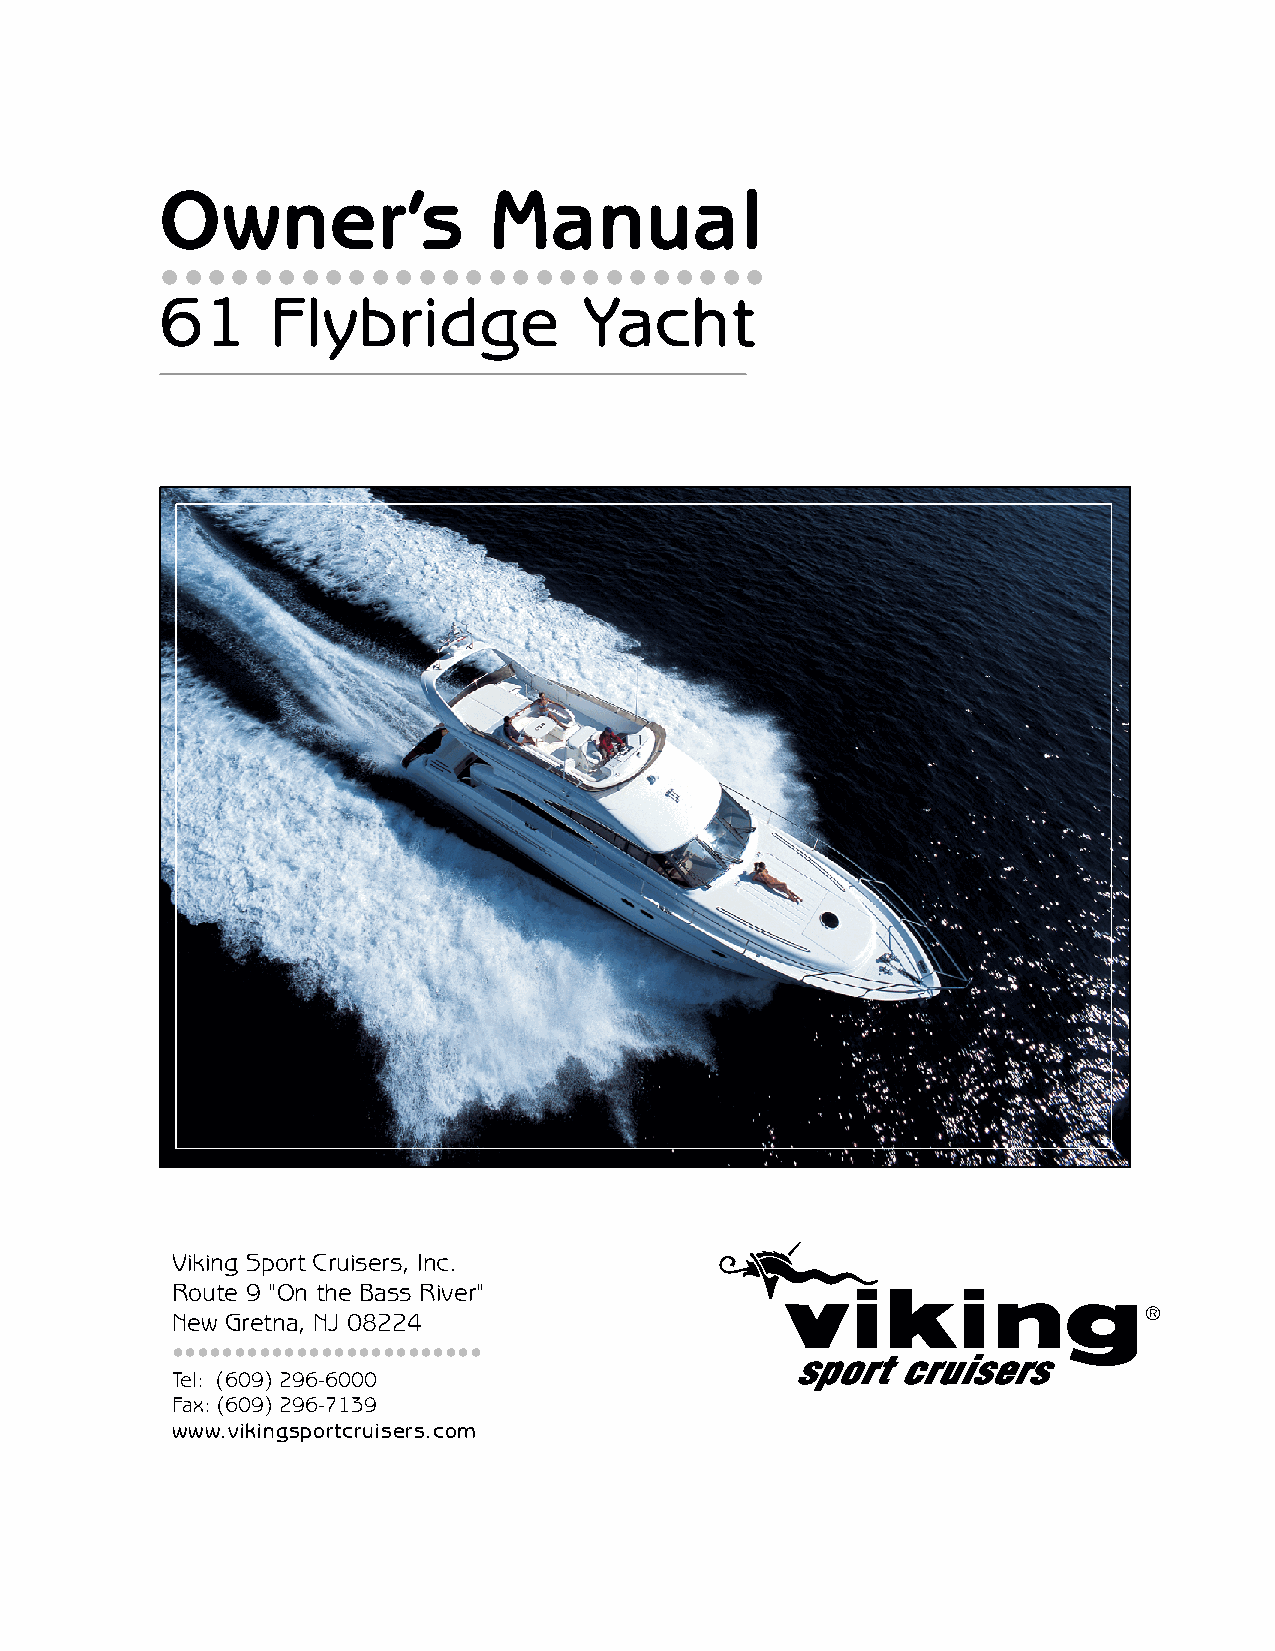
Owner’s               Manual
 ••••••••••••••••••••••••••
 61     Flybridge            Yacht
 Viking Sport Cruisers, Inc.
 Route 9 "On the Bass River"
 New Gretna, NJ 08224
 •••••••••••••••••••••••••
 Tel: (609) 296-6000
 Fax: (609) 296-7139
 www.vikingsportcruisers.com